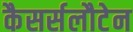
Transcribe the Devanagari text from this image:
कैसर्सलौटेन